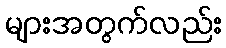
များအတွက်လည်း